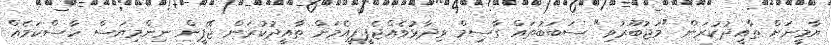
ޔާމީނަށް ތާއީދުކުރަން "މަޖުބޫރުވި" ސަބަބުތައް ގާސިމް ވިދާޅުވެއްޖެޕީޕީއެމަށް ތާއީދުކުރަން ޖޭޕީން ނިންމިޔަސް ހާސްކަމެއް